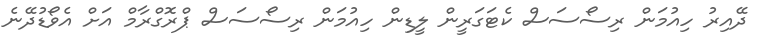
ދޭއިރު ހިއުމަން ރިސޯސަސް ކެޓަގަރީން ލީޑިން ހިއުމަން ރިސޯސަސް ޕްރޮގްރާމް އަށް އެވޯޑުދޭނެ